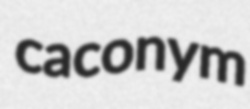
caconym